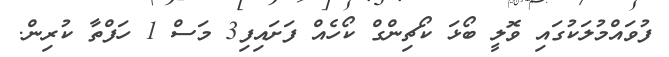
ފުވައްމުލަކުގައި ވޮލީ ބޯޅަ ކޯޗިންގް ކޯހެއް ފަށައިފި3 މަސް 1 ހަފްތާ ކުރިން.